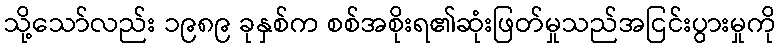
သို့သော်လည်း ၁၉၈၉ ခုနှစ်က စစ်အစိုးရ၏ဆုံးဖြတ်မှုသည်အငြင်းပွားမှုကို